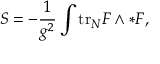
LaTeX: S = - \frac { 1 } { g ^ { 2 } } \int \mathrm { t r } _ { N } F \wedge * F ,